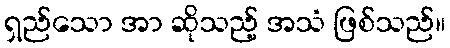
ရှည်သော အာ ဆိုသည့် အသံ ဖြစ်သည်။